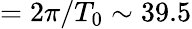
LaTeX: =2\pi/T_{0}\sim 39.5